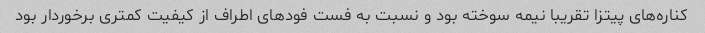
کناره‌های پیتزا تقریبا نیمه سوخته بود و نسبت به فست فودهای اطراف از کیفیت کمتری برخوردار بود